Indian journal of veterinary science and animal husbandry - Volume 14,
Year: 1944
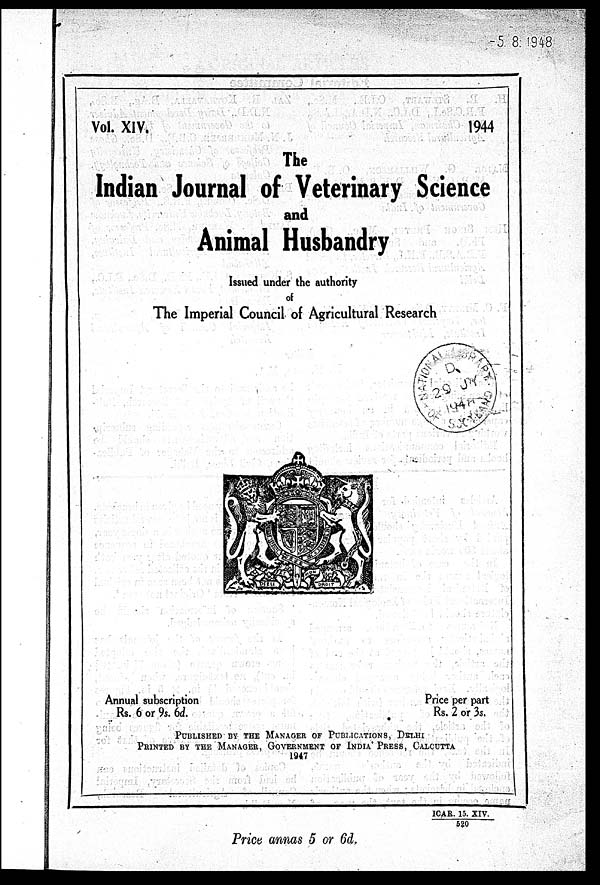
Vol. XIV.
1944
The
Indian Journal of Veterinary Science
and
Animal Husbandry
Issued under the authority
of
The Imperial Council of Agricultural Research
Annual subscription
Rs. 6 or 9s. 6d.
Price per part
Rs. 2 or 3s.
PUBLISHED BY THE MANAGER OF PUBLICATIONS, DELHI
PRINTED BY THE MANAGER, GOVERMENT OF INDIA PRESS, CALCUTTA
1947
ICAR. 15. XIV.
520
Price annas 5 or 6d.